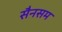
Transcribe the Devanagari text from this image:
सैनसम